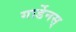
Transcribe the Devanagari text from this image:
गार्डेनस्